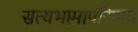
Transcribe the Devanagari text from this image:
सत्यभामापरिणय